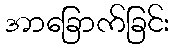
အာခြောက်ခြင်း